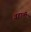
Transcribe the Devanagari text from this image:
वहाती